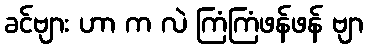
ခင်ဗျား ဟာ က လဲ ကြံကြံဖန်ဖန် ဗျာ